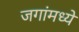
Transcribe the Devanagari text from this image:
जगांमध्ये